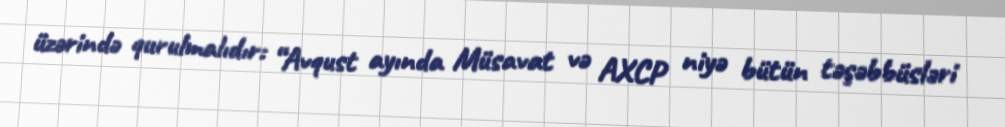
üzərində qurulmalıdır: “Avqust ayında Müsavat və AXCP niyə bütün təşəbbüsləri